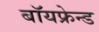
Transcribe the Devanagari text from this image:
बॉयफ्रेन्ड